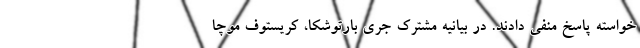
خواسته پاسخ منفی دادند. در بیانیه مشترک جری بارتوشکا، کریستوف موچا